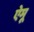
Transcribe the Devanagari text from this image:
ऐमू